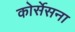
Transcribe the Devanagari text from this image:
कोर्सेसना